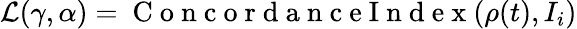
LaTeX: \mathcal{L}(\gamma,\alpha)=\mathrm{~C~o~n~c~o~r~d~a~n~c~e~I~n~d~e~x~}(\rho(t),I_{i})